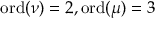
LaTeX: { \mathrm { o r d } } ( \nu ) = 2 , { \mathrm { o r d } } ( \mu ) = 3